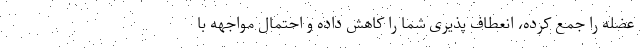
عضله را جمع کرده، انعطاف پذیری شما را کاهش داده و احتمال مواجهه با